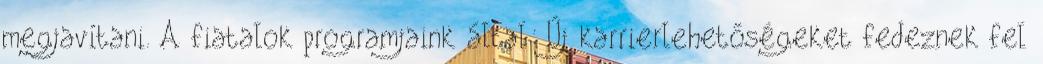
megjavítani. A fiatalok programjaink által: Új karrierlehetőségeket fedeznek fel